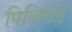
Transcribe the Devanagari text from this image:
पिलिगंग